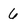
Character: 6